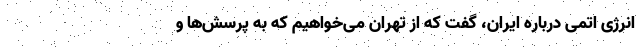
انرژی اتمی درباره ایران، گفت که از تهران می‌خواهیم که به پرسش‌ها و